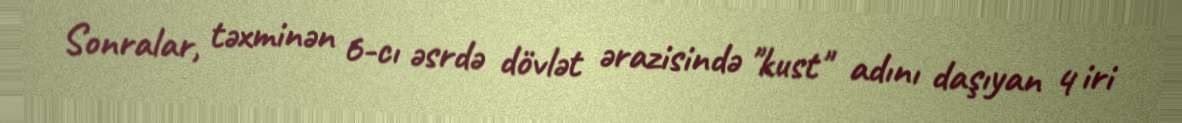
Sonralar, təxminən 6-cı əsrdə dövlət ərazisində "kust" adını daşıyan 4 iri